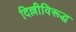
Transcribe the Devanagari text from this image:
दिल्लीविरूद्ध